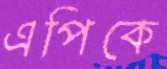
এপিকে